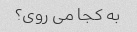
به کجا می روی؟